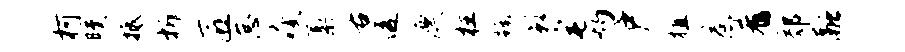
柯曛抵析匠怠瘦藁右透漂柱蹶影宅灼户植惹肴郊融